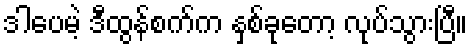
ဒါပေမဲ့ ဒီထွန်စက်က နှစ်ခုတော့ လုပ်သွားပြီ။